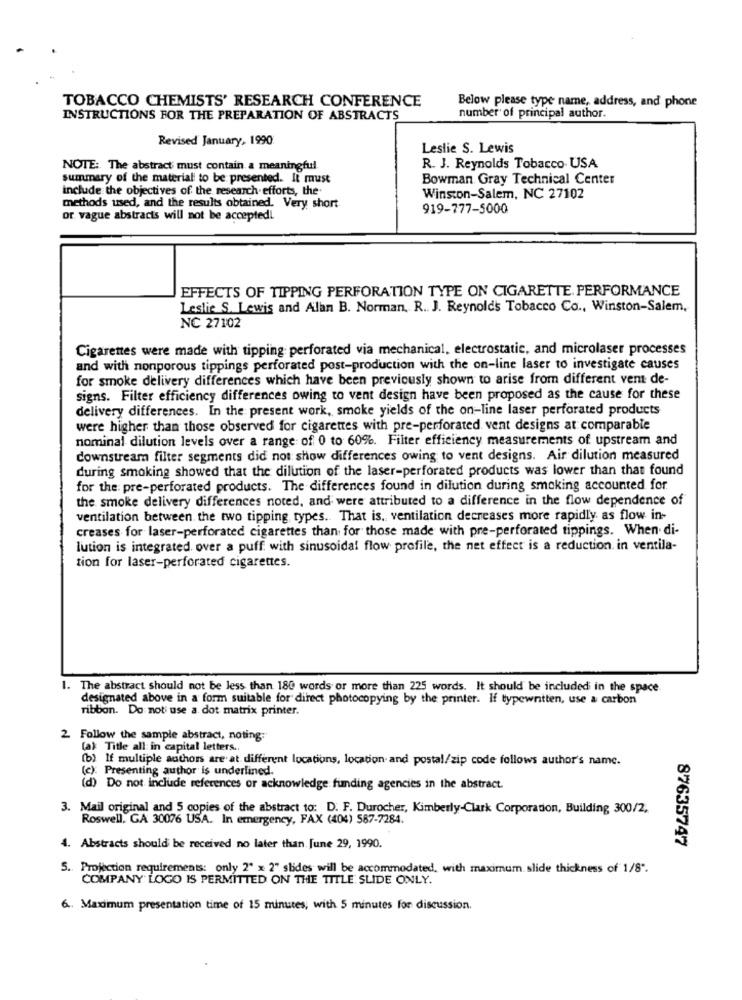
TOBACCO CHEMISTS' RESEARCH CONFERENCE
Below please type name, address, and phone
INSTRUCTIONS FOR THE PREPARATION OF ABSTRACTS
number of principal author.
Revised January, 1990
Leslie S. Lewis
NOTE: The abstract must contain a meaningful.
R. J. Reynolds Tobacco USA
summary of the material to be presented. It must
Bowman Gray Technical Center
include the objectives of the research efforts, the
Winston-Salem, NC 27102
methods used, and the results obtained. Very short
919-777-5000
or vague abstracts will not be acceptedl.
EFFECTS OF TIPPING PERFORATION TYPE ON CIGARETTE. PERFORMANCE
Leslie S. Lewis and Alan B. Norman, R. J. Reynolds Tobacco Co ., Winston-Salem,
NC 27102
Cigarettes were made with tipping perforated via mechanical, electrostatic, and microlaser processes
and with nonporous tippings perforated post-production with the on-line laser to investigate causes
for smoke delivery differences which have been previously shown to arise from different vem de-
signs. Filter efficiency differences owing to vent design have been proposed as the cause for these
delivery differences. In the present work, smoke yields of the on-line laser perforated products
were higher than those observed for cigarettes with pre-perforated vent designs at comparable
nominal dilution levels over a range of 0 to 60%. Filter efficiency measurements of upstream and
downstream filter segments did not show differences owing to vent designs. Air dilution measured
during smoking showed that the dilution of the laser-perforated products was lower than that found
for the: pre-perforated products. The differences found in dilution during smoking accounted for.
the smoke delivery differences noted, and were attributed to a difference in the flow dependence of
ventilation between the two tipping types. That is, ventilation decreases more rapidly as flow in-
creases for laser-perforated cigarettes than for those made with pre-perforated tippings. When di-
lution is integrated over a puff with sinusoidal flow profile, the net effect is a reduction in ventila-
tion for laser-perforated cigarettes.
1. The abstract should not be less than 180 words or more than 225 words. It should be included in the space
designated above in a form suitable for direct photocopying by the printer. If typewntten, use a carbon
ribbon. Do noti use a dot matrix printer.
2 Follow the sample abstract, noting:
(a): Title all in capital letters ..
(b) If multiple authors are at different locations, location and postal/zip code follows author's name.
(c): Presenting author is underlined.
(d) Do not include references or acknowledge funding agencies in the abstract.
3. Mail original and 5 copies of the abstract to: D. F. Durocher, Kimberly-Clark Corporation, Building 300/2.
Roswell, GA 30076 USA. In emergency, FAX (404) 587-7284.
87635747
4. Abstracts should be received no later than June 29, 1990.
5. Projection requirements: only 2" x 2" slides will be accommodated, with maximum slide thickness of 1/8".
COMPANY LOGO IS PERMITTED ON THE TITLE SLIDE ONLY.
6. Maximum presentation time of 15 minutes, with 5 minutes for discussion.